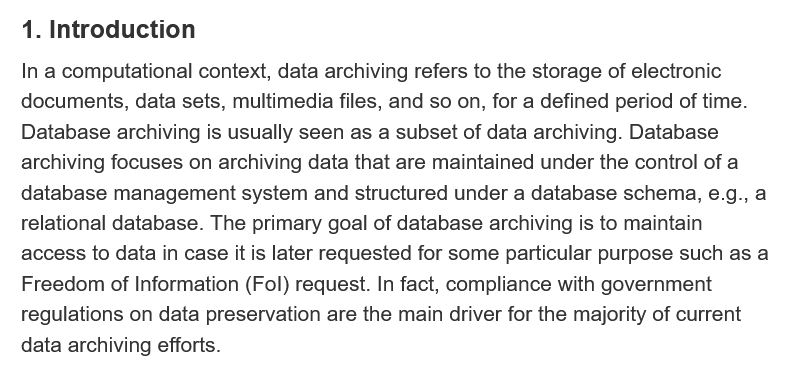
1. Introduction
   In a computational context, data archiving refers to the storage of electronic
   documents, data sets, multimedia files, and so on, for a defined period of time.
   Database archiving is usually seen as a subset of data archiving. Database
   archiving focuses on archiving data that are maintained under the control of a
   database management system and structured under a database schema, e.g., a
   relational database. The primary goal of database archiving is to maintain
   access to data in case it is later requested for some particular purpose such as a
   Freedom of Information (Fol) request. In fact, compliance with government
   regulations on data preservation are the main driver for the majority of current
   data archiving efforts.